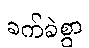
ခက်ခဲစွာ